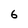
Character: 6